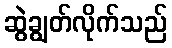
ဆွဲချွတ်လိုက်သည်